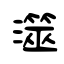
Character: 澨